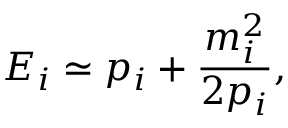
E _ { i } \simeq p _ { i } + \frac { m _ { i } ^ { 2 } } { 2 p _ { i } } ,